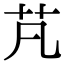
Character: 芃